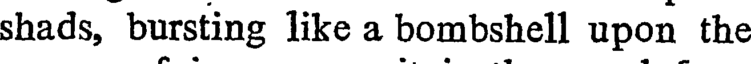
shads, bursting like a bombshell upon the